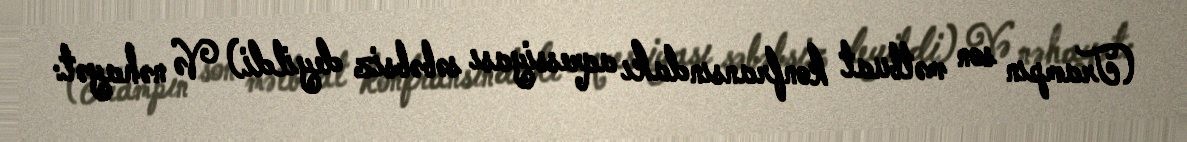
(Trampın son mətbuat konfransındakı aqressiyası səbəbsiz deyildi) Və nəhayət: